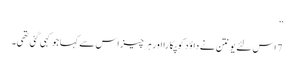
”
7 اس لئے یونتن نے داؤد کو پکا را اور ہر چیز اس سے کہا جو کہی گئی تھی۔